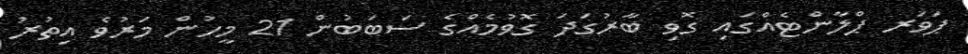
ޕަވަރ ޕްލާންޓެއްގައި ގޮވި ބާރުގަދަ ގޮވުމެއްގެ ސަބަބުން 21 މީހުން މަރުވެ އިތުރު